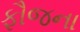
ફૌજના